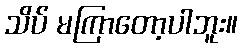
သိပ် မကြာတော့ပါဘူး။